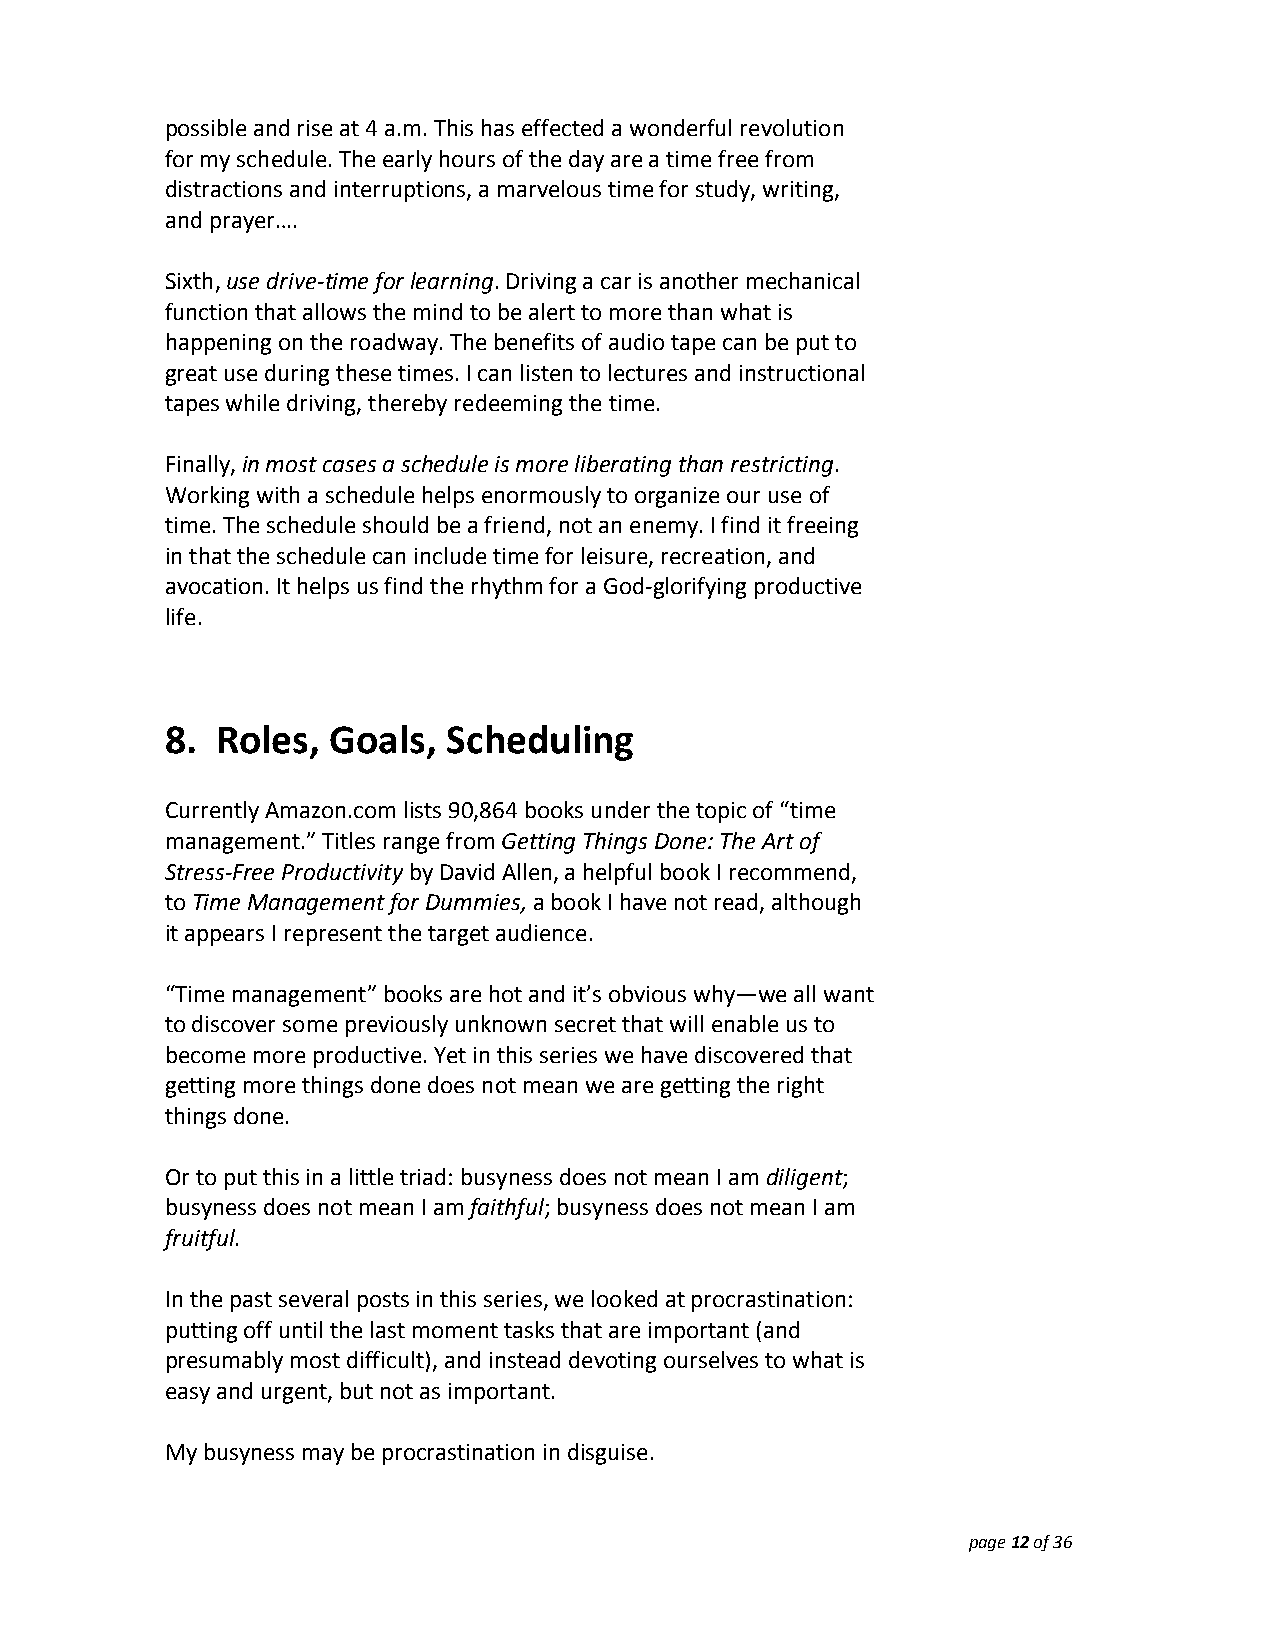
possible and rise at 4 a.m. This has effected a wonderful revolution
 for my schedule. The early hours of the day are a time free from
 distractions and interruptions, a marvelous time for study, writing,
 and prayer….
 Sixth, use drive‐time for learning. Driving a car is another mechanical
 function that allows the mind to be alert to more than what is
 happening on the roadway. The benefits of audio tape can be put to
 great use during these times. I can listen to lectures and instructional
 tapes while driving, thereby redeeming the time.
 Finally, in most cases a schedule is more liberating than restricting.
 Working with a schedule helps enormously to organize our use of
 time. The schedule should be a friend, not an enemy. I find it freeing
 in that the schedule can include time for leisure, recreation, and
 avocation. It helps us find the rhythm for a God‐glorifying productive
 life.
 8. Roles,  Goals,  Scheduling
 Currently Amazon.com lists 90,864 books under the topic of “time
 management.” Titles range from Getting Things Done: The Art of
 Stress‐Free Productivity by David Allen, a helpful book I recommend,
 to Time Management for Dummies, a book I have not read, although
 it appears I represent the target audience.
 “Time management” books are hot and it’s obvious why—we all want
 to discover some previously unknown secret that will enable us to
 become more productive. Yet in this series we have discovered that
 getting more things done does not mean we are getting the right
 things done.
 Or to put this in a little triad: busyness does not mean I am diligent;
 busyness does not mean I am faithful; busyness does not mean I am
 fruitful.
 In the past several posts in this series, we looked at procrastination:
 putting off until the last moment tasks that are important (and
 presumably most difficult), and instead devoting ourselves to what is
 easy and urgent, but not as important.
 My busyness may be procrastination in disguise.
 page 12 of 36